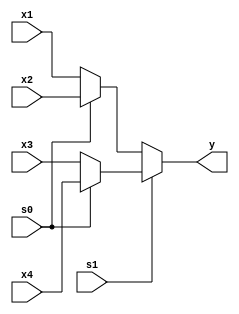
module mux_41__operator(
    input x1,
    input x2,
    input x3,
    input x4,
    input s0, s1,
    output y
    );
    assign  y = s1 ?  ( s0 ? x4:x3) : ( s0 ? x2:x1);
endmodule